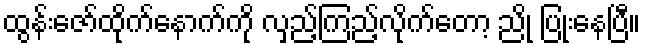
ထွန်းဇော်ထိုက်နောက်ကို လှည့်ကြည့်လိုက်တော့ ညို ပြုံးနေပြီ။